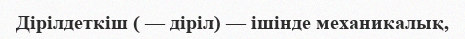
Дірілдеткіш ( — діріл) — ішінде механикалық,